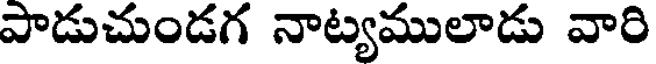
పాడుచుండగ నాట్యములాడు వారి